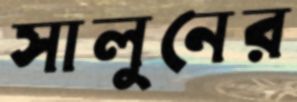
সালুনের